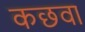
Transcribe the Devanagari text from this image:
कछवा